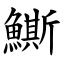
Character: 䲉